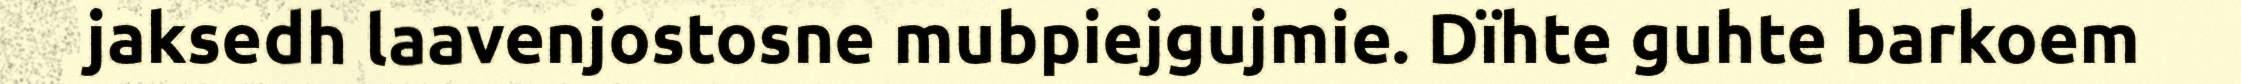
jaksedh laavenjostosne mubpiejgujmie. Dïhte guhte barkoem